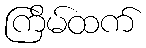
ကြိမ်ထက်